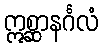
ဣစ္ဆာနင်္ဂလံ